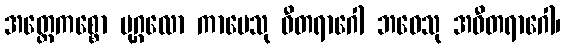
အတ္ထေကစ္စော ပုဂ္ဂလော ကာမေသု ဝီတရာဂေါ ဘဝေသု အဝီတရာဂေါ၊